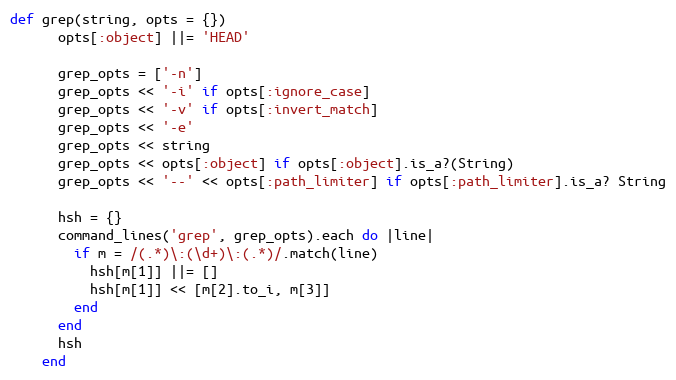
Language: Ruby
def grep(string, opts = {})
      opts[:object] ||= 'HEAD'

      grep_opts = ['-n']
      grep_opts << '-i' if opts[:ignore_case]
      grep_opts << '-v' if opts[:invert_match]
      grep_opts << '-e'
      grep_opts << string
      grep_opts << opts[:object] if opts[:object].is_a?(String)
      grep_opts << '--' << opts[:path_limiter] if opts[:path_limiter].is_a? String

      hsh = {}
      command_lines('grep', grep_opts).each do |line|
        if m = /(.*)\:(\d+)\:(.*)/.match(line)
          hsh[m[1]] ||= []
          hsh[m[1]] << [m[2].to_i, m[3]]
        end
      end
      hsh
    end